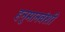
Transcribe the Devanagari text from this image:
हनुमानवंशी